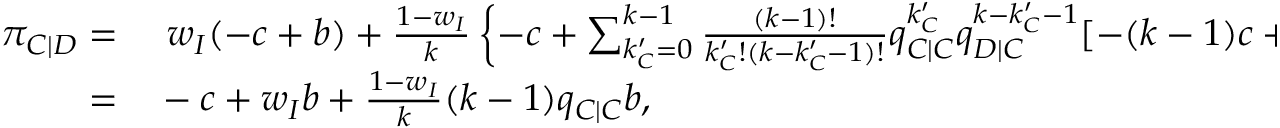
\begin{array} { r l } { \pi _ { C | D } = } & { { } ~ w _ { I } ( - c + b ) + \frac { 1 - w _ { I } } { k } \left\{ - c + \sum _ { k _ { C } ^ { \prime } = 0 } ^ { k - 1 } { \frac { ( k - 1 ) ! } { k _ { C } ^ { \prime } ! ( k - k _ { C } ^ { \prime } - 1 ) ! } q _ { C | C } ^ { k _ { C } ^ { \prime } } q _ { D | C } ^ { k - k _ { C } ^ { \prime } - 1 } [ - ( k - 1 ) c + k _ { C } ^ { \prime } b ] } \right\} } \\ { = } & { { } - c + w _ { I } b + \frac { 1 - w _ { I } } { k } ( k - 1 ) q _ { C | C } b , } \end{array}